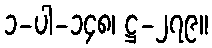
၁-ပါ-၁၄၈၊ ဋ္ဌ-၂၇၉။